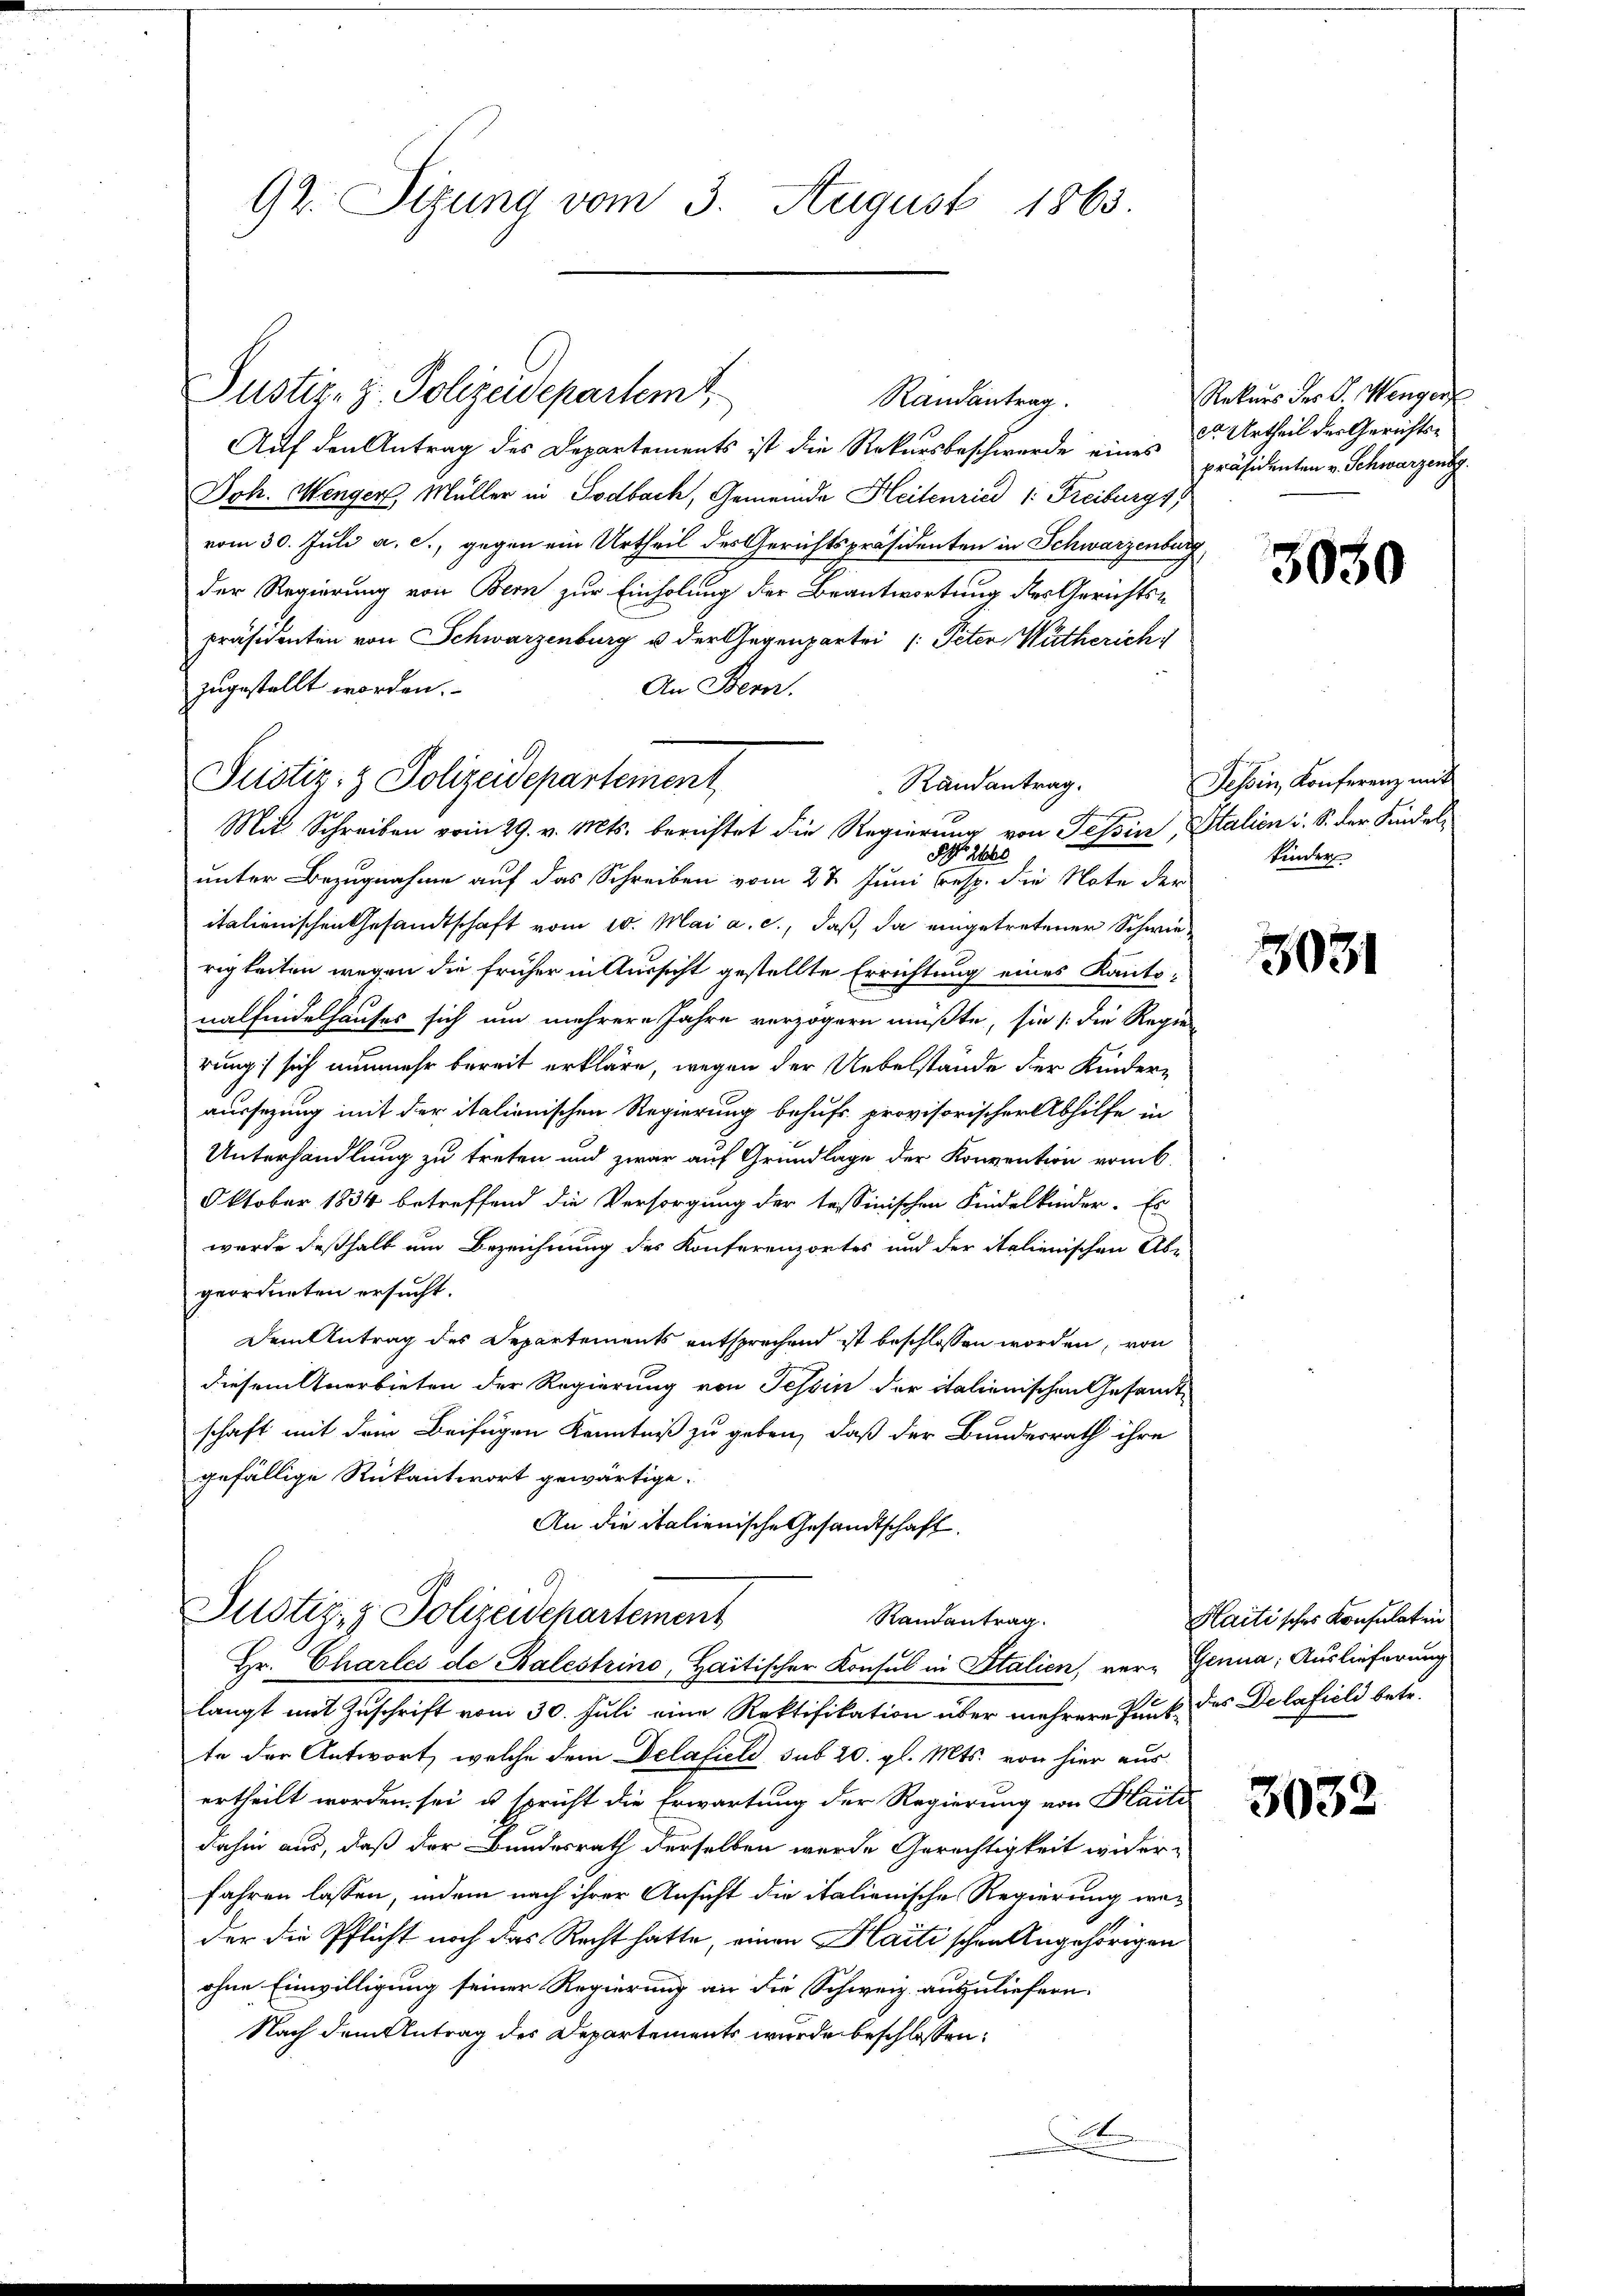
92. Sitzung vom 3. August 1863.

Justiz- & Polizeidepartemt

Auf den Antrag des Departements ist die Rekursbeschwerde eines Urtheil der Gerichts¬
Joh. Menger, Müller in Todbach, Gemeinde Heitenried 1: Freiburgs
vom 30. Juli a. c., gegen ein Urtheil des Gerichtspräsidenten in Schwarzenburg
der Regierung von Bern zur Einholung der Beantwortung des Gerichtspräsidenten von Schwarzenburg u der Gegenpartei (: Peter Wutherich
An Bern.
zugestellt worden.
Mit Schreiben vom 29. v. Mts. berichtet die Regierung von Tessin, Stalien u. S. der Kindel¬
NNo. 2660
unter Bezugnahme auf das Schreiben vom 27. Juni resp. die Note der
italienischen Gesandtschaft vom 10. Mai a. c., daß da eingetretener Schwierigkeiten wegen die früher in Aussicht gestellte Errichtung eines Kanto-
nalfindelhauses sich um mehrere Jahre verzögern müßte, sie /: die Regier
rung sich nunmehr bereit erkläre, wegen der Uebelstände der Kinderaussezung mit der italienischen Regierung behufs provisorischer Abhilfe in
Unterhandlung zu treten und zwar auf Grundlage der Konvention vom 6.
Oktober 1834 betreffend die Versorgung der tessinischen Kindelkinder. Es
wurde deßhalb um Bezeichnung des Konferenzortes und der italienischen Abe
geordneten ersucht.
Dem Antrag des Departements entsprechend ist beschlossen worden, von
diesem Anerbieten der Regierung von Tessin der italienischen Gesandtschaft mit dem Beifügen Kenntniß zu geben, daß der Bundesrath ihre
gefällige Rükantwort gewärtige.
An die italienische Gesandtschaft.
Justiz- & Polizeidchartement
Randantrag.
Hr. Charlei de Balestrino, Haitischer Konsul in Italien, ver- Genua, Auslieferung
langt mit Zuschrift vom 30. Juli eine Rektifikation über mehrere Punk des Delaficli betr.
te der Antwort, welche dem Delafiel sub 20. gl. Mts. von hier aus
ertheilt worden sei u. spricht die Erwartung der Regierung von Kaiti
dahin aus, daß der Bundesrath derselben werde Gerechtigkeit wider-
fahren lassen, indem nach ihrer Ansicht die italienische Regierung weder die Pflicht noch das Recht hätte, einen Haiti schen Angehörigen
ohne Einwilligung seiner Regierung an die Schweiz auszuliefern.
Nach dem Antrag des Departements wurde beschlossen:
t

Justiz- & Polizeidepartement

Randantrag.

Randantrag.

Rekurs des V. Wenger
präsidenten v. Schwarzensg

3030

Tessin, Konferenz mit
Kinder

3031

Haitisches Konsulation

3032